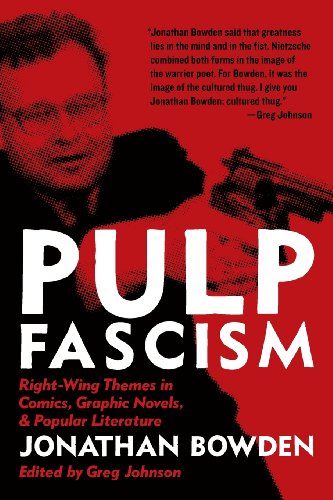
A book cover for Pulp Fascism; Jonathan Et Bowden; Science Fiction & Fantasy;